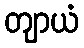
တျာယံ